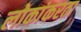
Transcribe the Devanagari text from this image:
लोकांकरता